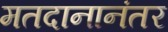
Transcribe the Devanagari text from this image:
मतदानानंतर